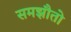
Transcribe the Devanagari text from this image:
समझौतो